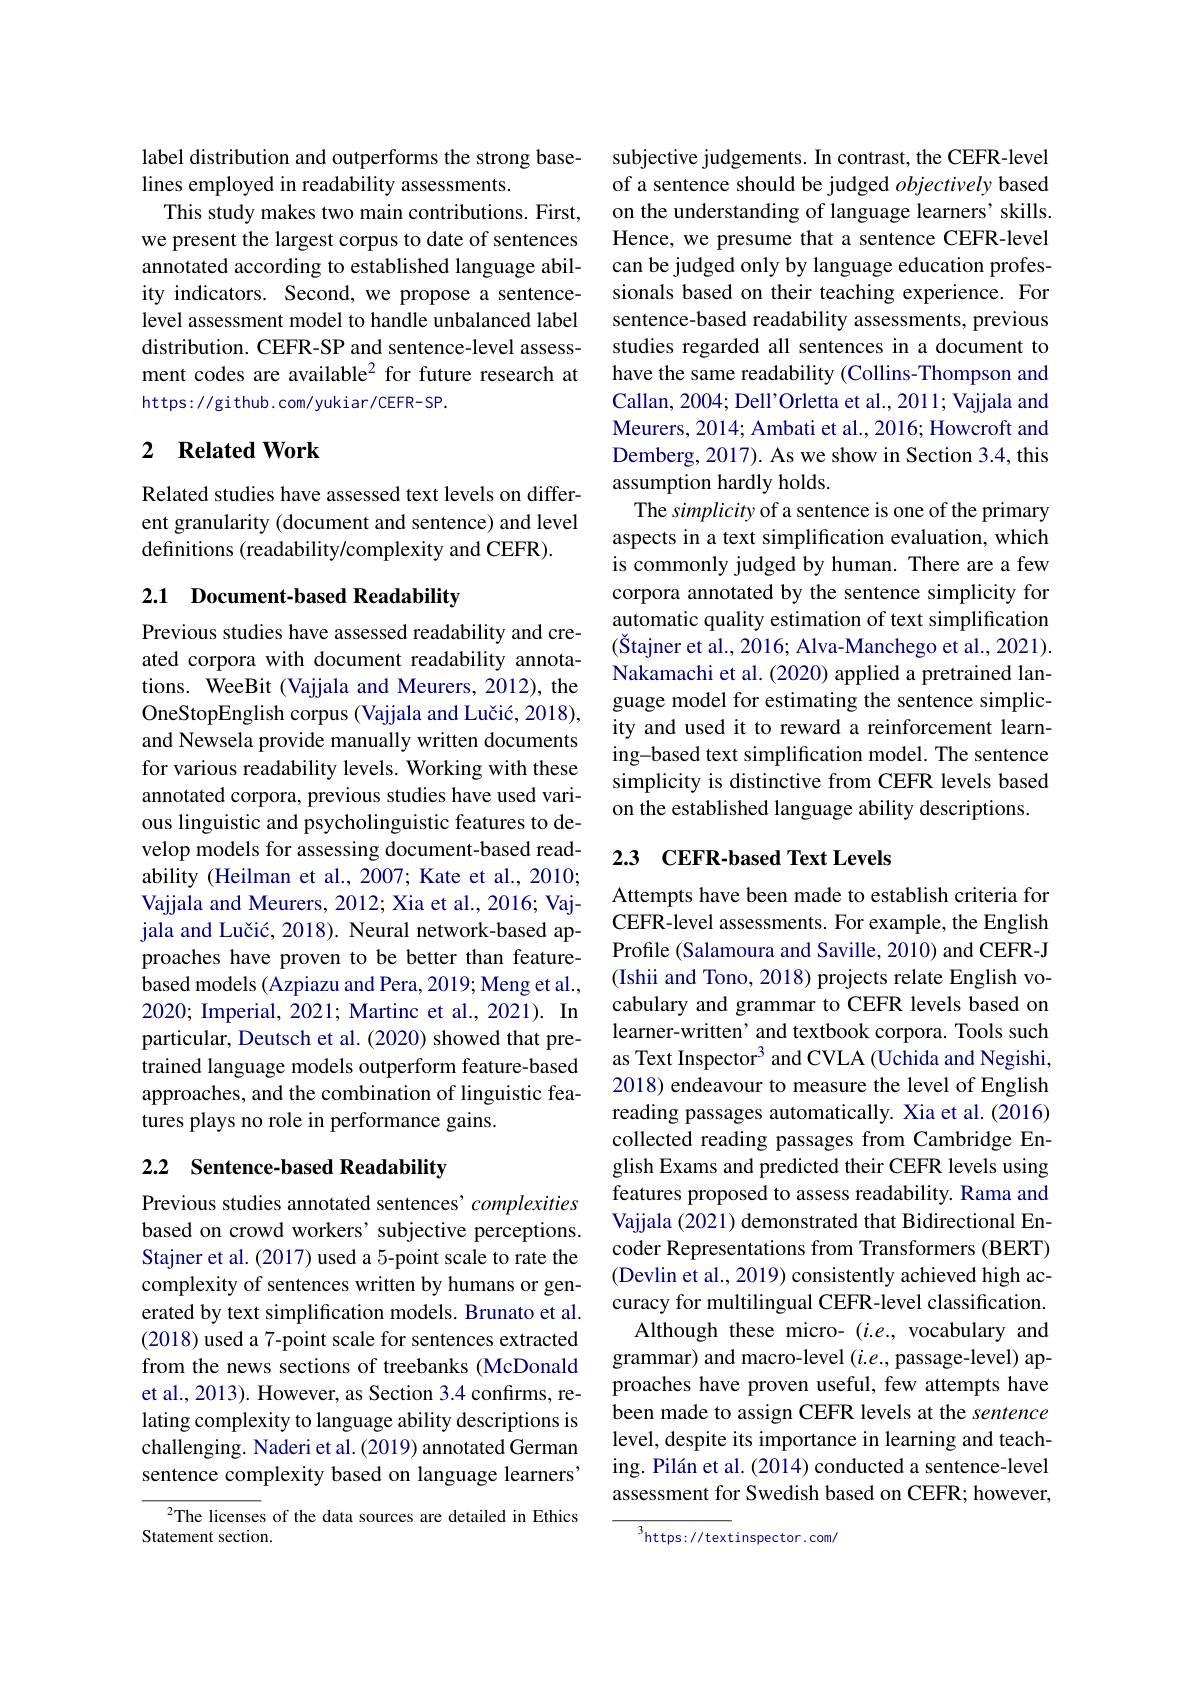
label distribution and outperforms the strong base-
lines employed in readability assessments.
This study makes two main contributions. First, we present the largest corpus to date of sentences annotated according to established language ability indicators. Second, we propose a sentencelevel assessment model to handle unbalanced label distribution. CEFR-SP and sentence-level assessment codes are available$^{2}$ for future research at https://github.com/yukiar/CEFR-SP.

### 2 $\textbf{Related Work}$

Related studies have assessed text levels on different granularity (document and sentence) and level definitions (readability/complexity and CEFR).

## 2.1 Document-based Readability

Previous studies have assessed readability and created corpora with document readability annotations. WeeBit (Vajjala and Meurers, 2012), the OneStopEnglish corpus (Vajjala and Lučić, 2018), and Newsela provide manually written documents for various readability levels. Working with these annotated corpora, previous studies have used various linguistic and psycholinguistic features to develop models for assessing document-based readability (Heilman et al., 2007; Kate et al., 2010; Vajjala and Meurers, 2012; Xia et al., 2016; Vajjala and Lučić, 2018). Neural network-based approaches have proven to be better than featurebased models (Azpiazu and Pera, 2019; Meng et al., 2020; Imperial, 2021; Martinc et al., 2021). In particular, Deutsch et al. (2020) showed that pretrained language models outperform feature-based approaches, and the combination of linguistic features plays no role in performance gains.

## 2.2 Sentence-based Readability

Previous studies annotated sentences' complexities based on crowd workers' subjective perceptions. Stajner et al. (2017) used a 5-point scale to rate the complexity of sentences written by humans or generated by text simplification models. Brunato et al. (2018) used a 7-point scale for sentences extracted from the news sections of treebanks (McDonald et al., 2013). However, as Section 3.4 confirms, relating complexity to language ability descriptions is challenging. Naderi et al. (2019) annotated German sentence complexity based on language learners"

$^{2}$The licenses of the data sources are detailed in Ethics
Statement section

subjective judgements. In contrast, the CEFR-level of a sentence should be judged objectively based on the understanding of language learners' skills. Hence, we presume that a sentence CEFR-level can be judged only by language education professionals based on their teaching experience. For sentence-based readability assessments, previous studies regarded all sentences in a document to have the same readability (Collins-Thompson and Callan, 2004; Dell'Orletta et al., 2011; Vajjala and Meurers, 2014; Ambati et al., 2016; Howcroft and Demberg, 2017). As we show in Section 3.4, this assumption hardly holds.
The simplicity of a sentence is one of the primary aspects in a text simplification evaluation, which is commonly judged by human. There are a few corpora annotated by the sentence simplicity for automatic quality estimation of text simplification $( \text{\v{S} tajner et al. , 2016; Alva- Manchego et al. , 2021) . }$ Nakamachi et al. (2020) applied a pretrained language model for estimating the sentence simplicity and used it to reward a reinforcement learning-based text simplification model. The sentence simplicity is distinctive from CEFR levels based on the established language ability descriptions.

## 2.3 CEFR-based Text Levels

Attempts have been made to establish criteria for CEFR-level assessments. For example, the English Profile (Salamoura and Saville, 2010) and CEFR-J (Ishii and Tono, 2018) projects relate English vocabulary and grammar to CEFR levels based on learner-written' and textbook corpora. Tools such as Text Inspector$^{3}$ and CVLA (Uchida and Negishi, 2018) endeavour to measure the level of English reading passages automatically. Xia et al.(2016) collected reading passages from Cambridge English Exams and predicted their CEFR levels using features proposed to assess readability. Rama and Vajjala (2021) demonstrated that Bidirectional Encoder Representations from Transformers (BERT) (Devlin et al., 2019) consistently achieved high accuracy for multilingual CEFR-level classification. Although these micro- $(i.e.$, vocabulary and
grammar) and macro-level $(i.e.$, passage-level) approaches have proven useful, few attempts have been made to assign CEFR levels at the sentence level, despite its importance in learning and teaching. Pilán et al. (2014) conducted a sentence-level assessment for Swedish based on CEFR; however,

$^3$https://textinspector.com/